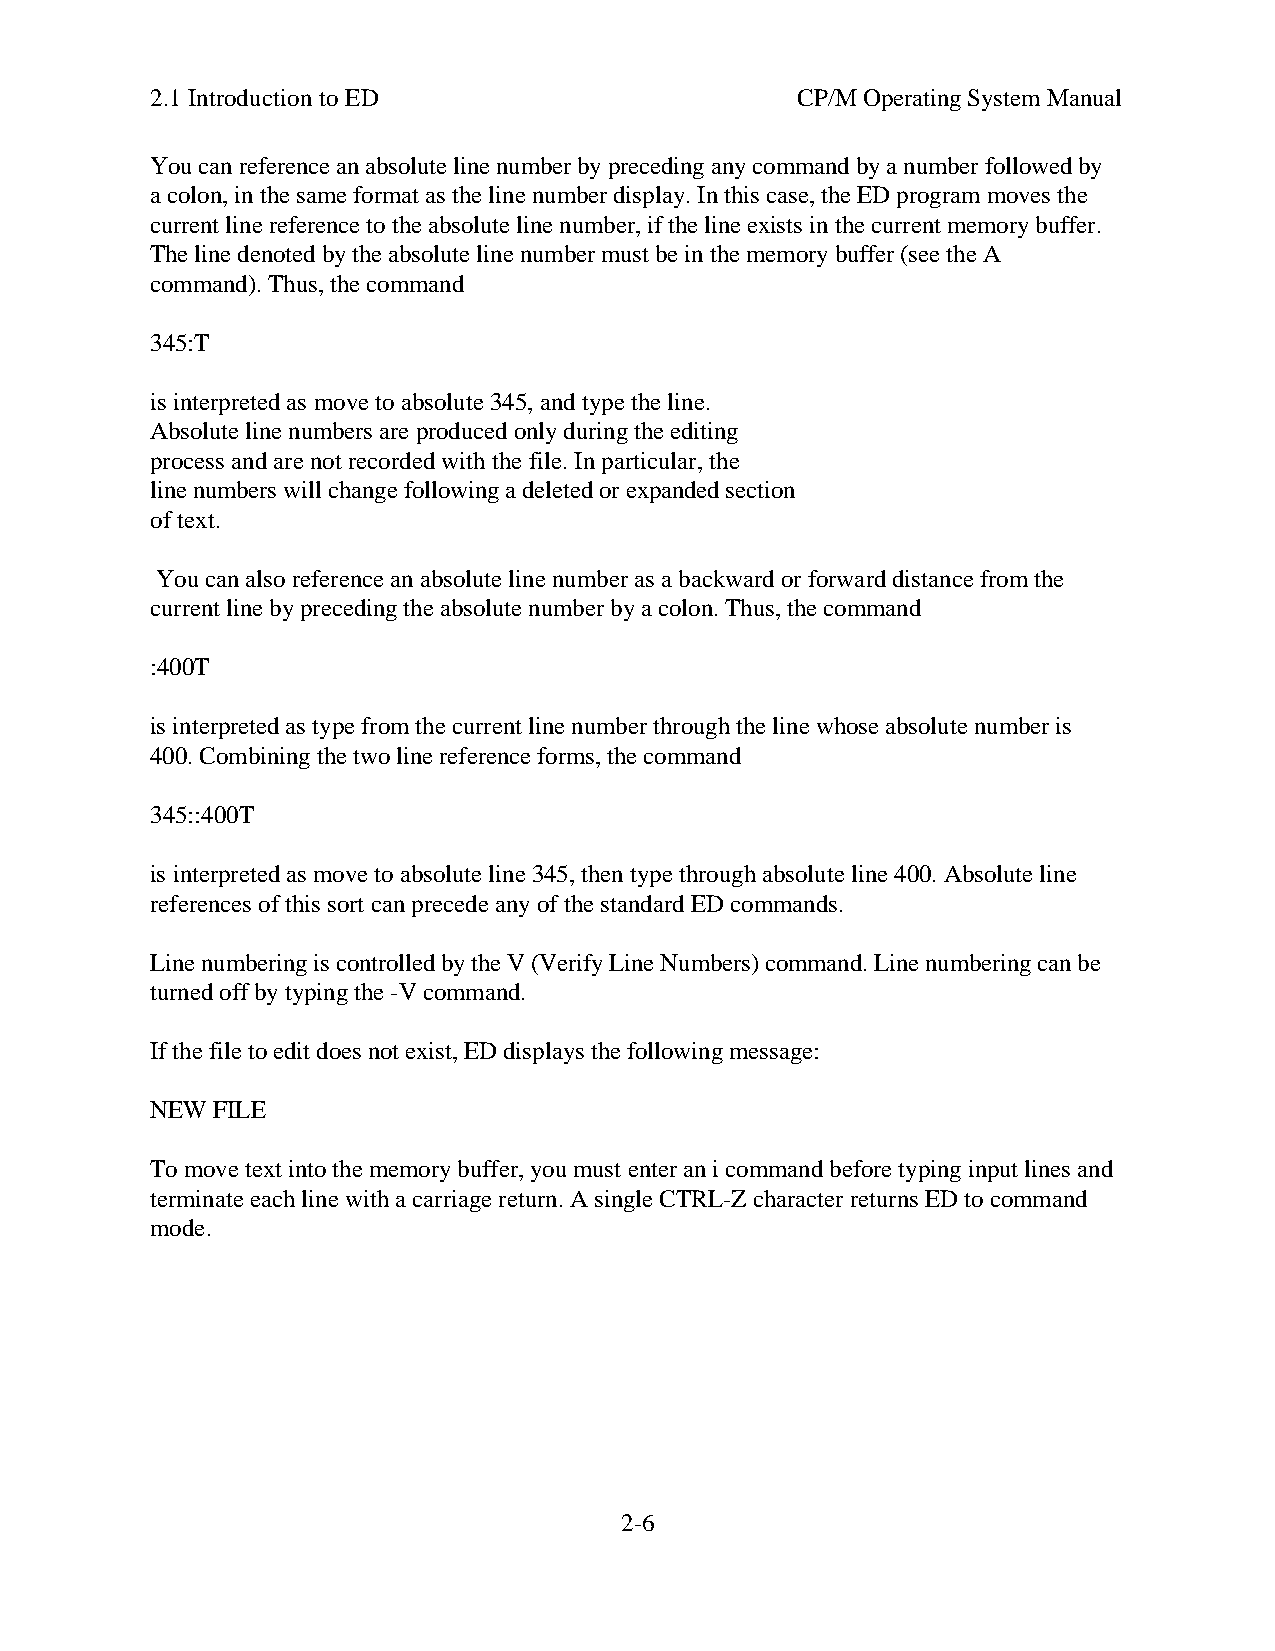
2.1 Introduction to ED                     CP/M Operating System Manual
 You can reference an absolute line number by preceding any command by a number followed by
 a colon, in the same format as the line number display. In this case, the ED program moves the
 current line reference to the absolute line number, if the line exists in the current memory buffer.
 The line denoted by the absolute line number must be in the memory buffer (see the A
 command). Thus, the command
 345:T
 is interpreted as move to absolute 345, and type the line.
 Absolute line numbers are produced only during the editing
 process and are not recorded with the file. In particular, the
 line numbers will change following a deleted or expanded section
 of text.
 You can also reference an absolute line number as a backward or forward distance from the
 current line by preceding the absolute number by a colon. Thus, the command
 :400T
 is interpreted as type from the current line number through the line whose absolute number is
 400. Combining the two line reference forms, the command
 345::400T
 is interpreted as move to absolute line 345, then type through absolute line 400. Absolute line
 references of this sort can precede any of the standard ED commands.
 Line numbering is controlled by the V (Verify Line Numbers) command. Line numbering can be
 turned off by typing the -V command.
 If the file to edit does not exist, ED displays the following message:
 NEW FILE
 To move text into the memory buffer, you must enter an i command before typing input lines and
 terminate each line with a carriage return. A single CTRL-Z character returns ED to command
 mode.
 2-6